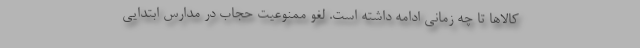
کالاها تا چه زمانی ادامه داشته است. لغو ممنوعیت حجاب در مدارس ابتدایی